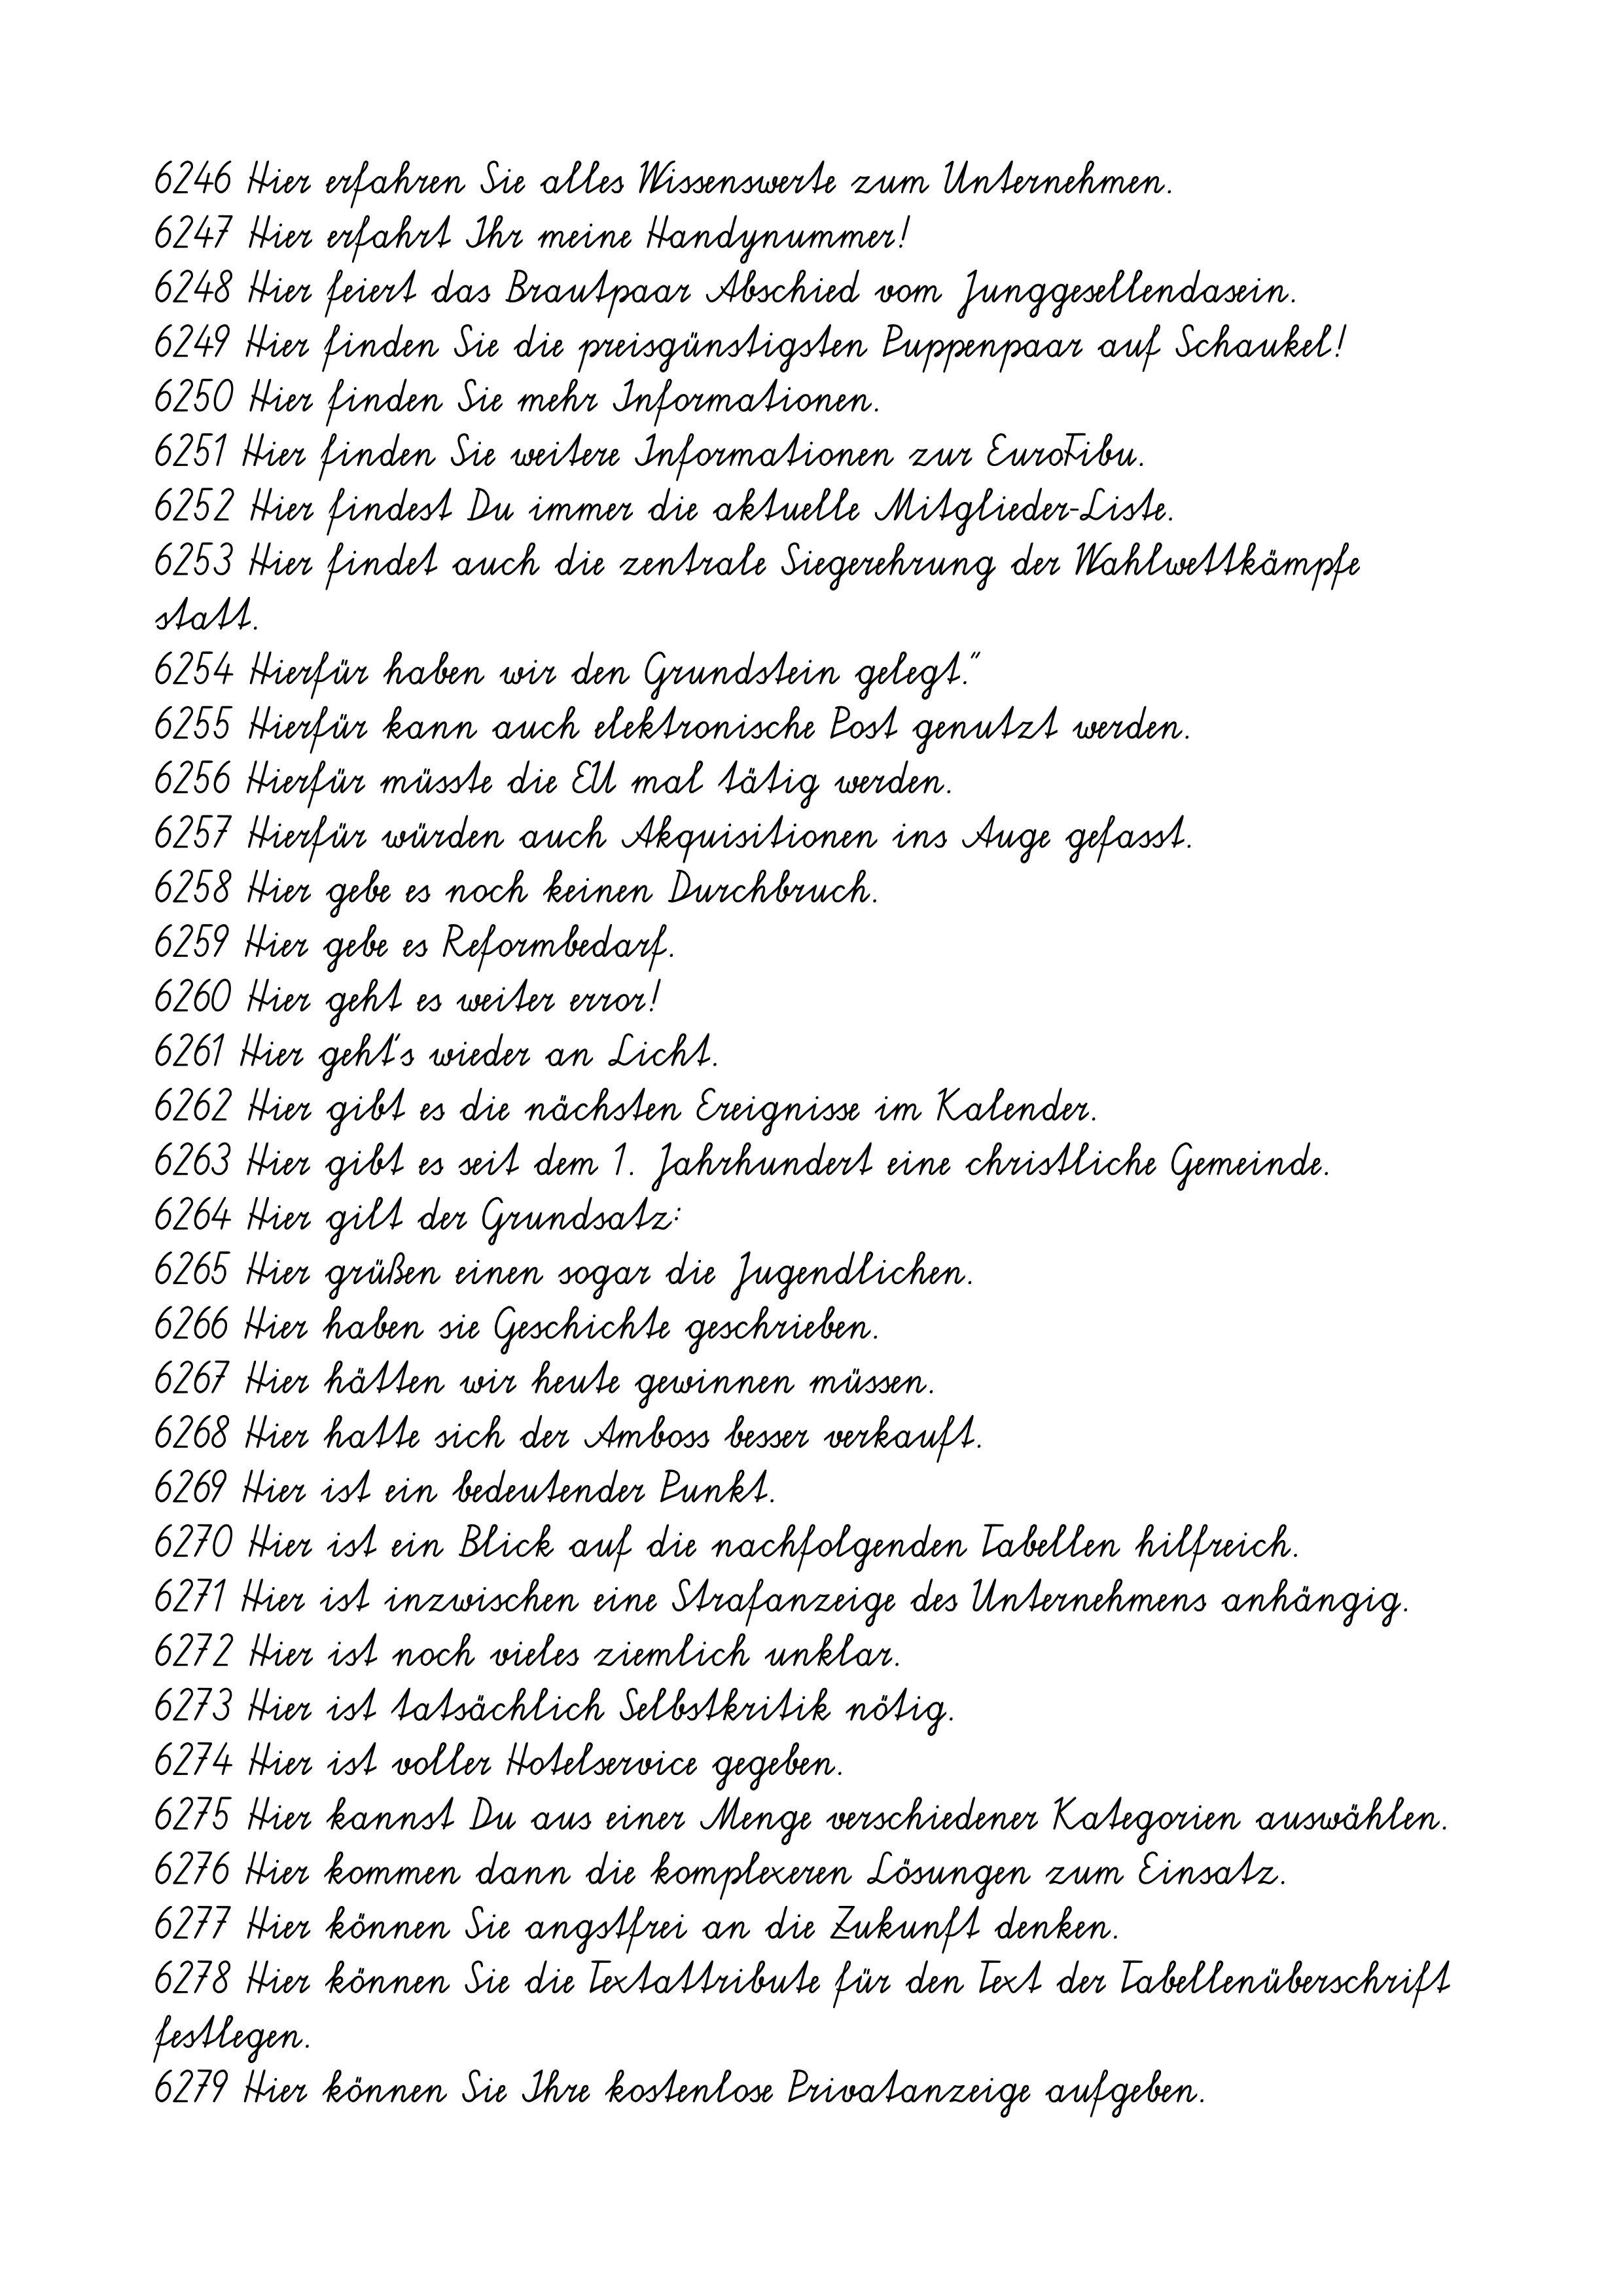
6246 Hier erfahren Sie alles Wissenswerte zum Unternehmen.
6247 Hier erfahrt Ihr meine Handynummer!
6248 Hier feiert das Brautpaar Abschied vom Junggesellendasein.
6249 Hier finden Sie die preisgünstigsten Puppenpaar auf Schaukel!
6250 Hier finden Sie mehr Informationen.
6251 Hier finden Sie weitere Informationen zur EuroFibu.
6252 Hier findest Du immer die aktuelle Mitglieder-Liste.
6253 Hier findet auch die zentrale Siegerehrung der Wahlwettkämpfe
statt.
6254 Hierfür haben wir den Grundstein gelegt."
6255 Hierfür kann auch elektronische Post genutzt werden.
6256 Hierfür müsste die EU mal tätig werden.
6257 Hierfür würden auch Akquisitionen ins Auge gefasst.
6258 Hier gebe es noch keinen Durchbruch.
6259 Hier gebe es Reformbedarf.
6260 Hier geht es weiter error!
6261 Hier geht's wieder an Licht.
6262 Hier gibt es die nächsten Ereignisse im Kalender.
6263 Hier gibt es seit dem 1. Jahrhundert eine christliche Gemeinde.
6264 Hier gilt der Grundsatz:
6265 Hier grüßen einen sogar die Jugendlichen.
6266 Hier haben sie Geschichte geschrieben.
6267 Hier hätten wir heute gewinnen müssen.
6268 Hier hatte sich der Amboss besser verkauft.
6269 Hier ist ein bedeutender Punkt.
6270 Hier ist ein Blick auf die nachfolgenden Tabellen hilfreich.
6271 Hier ist inzwischen eine Strafanzeige des Unternehmens anhängig.
6272 Hier ist noch vieles ziemlich unklar.
6273 Hier ist tatsächlich Selbstkritik nötig.
6274 Hier ist voller Hotelservice gegeben.
6275 Hier kannst Du aus einer Menge verschiedener Kategorien auswählen.
6276 Hier kommen dann die komplexeren Lösungen zum Einsatz.
6277 Hier können Sie angstfrei an die Zukunft denken.
6278 Hier können Sie die Textattribute für den Text der Tabellenüberschrift
festlegen.
6279 Hier können Sie Ihre kostenlose Privatanzeige aufgeben.